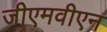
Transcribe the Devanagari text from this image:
जीएमवीएन